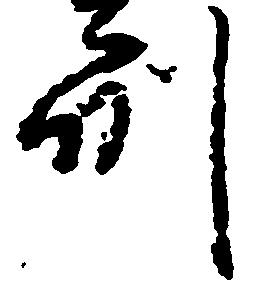
州